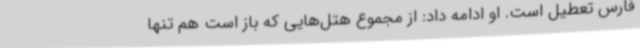
فارس تعطیل است. او ادامه داد: از مجموع هتل‌هایی که باز است هم تنها